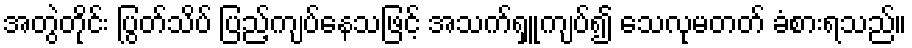
အတွဲတိုင်း ပြွတ်သိပ် ပြည့်ကျပ်နေသဖြင့် အသက်ရှူကျပ်၍ သေလုမတတ် ခံစားရသည်။